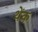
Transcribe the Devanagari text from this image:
थेंक